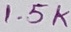
Text: 1.5K